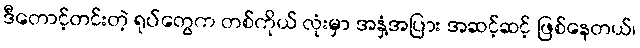
ဒီတောင့်တင်းတဲ့ ရုပ်တွေက တစ်ကိုယ် လုံးမှာ အနှံ့အပြား အဆင့်ဆင့် ဖြစ်နေတယ်၊